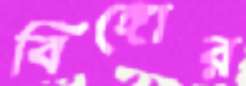
বিঙ্গোর